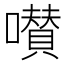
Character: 𡂐